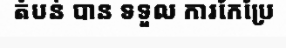
តំបន់ បាន ទទួល ការកែប្រែ